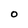
Character: 0